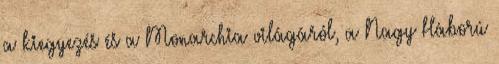
a kiegyezés és a Monarchia világáról, a Nagy Háború